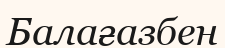
Балағазбен